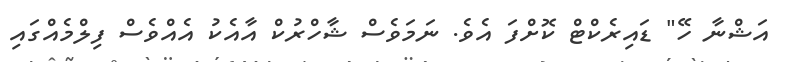
އަޝްނާ ހޭ" ޑައިރެކްޓް ކޮށްފަ އެވެ. ނަމަވެސް ޝާހްރުކް އާއެކު އެއްވެސް ފިލްމެއްގައި